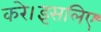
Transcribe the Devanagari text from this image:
करे।इसलिए